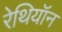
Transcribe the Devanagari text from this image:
रेथियॉन